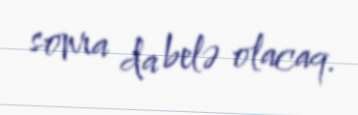
sonra da belə olacaq.